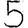
Digit: 5